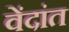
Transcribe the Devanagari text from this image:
वेंदांत